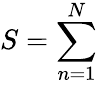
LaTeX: S=\sum_{n=1}^{N}